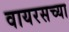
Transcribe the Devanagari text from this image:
वायरसच्या